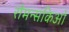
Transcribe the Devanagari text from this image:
रोमन्सकिओ